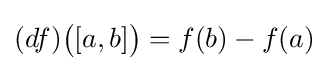
\left(df\right)\!{\big (}[a,b]{\big )}=f(b)-f(a)